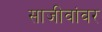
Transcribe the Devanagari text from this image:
साजीवांवर